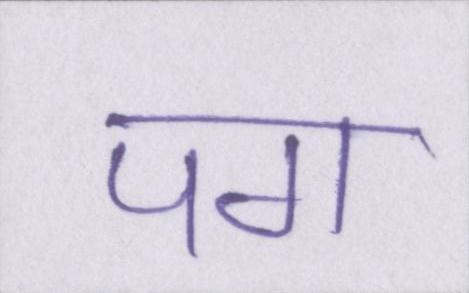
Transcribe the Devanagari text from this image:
पग